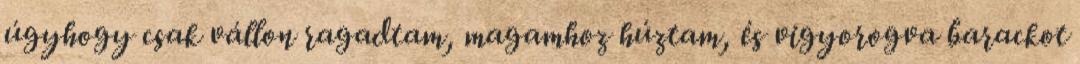
úgyhogy csak vállon ragadtam, magamhoz húztam, és vigyorogva barackot